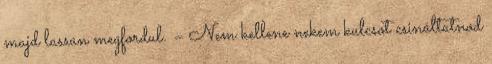
majd lassan megfordul. – Nem kellene nekem kulcsot csináltatnod